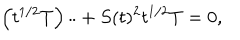
\left( t ^ { 1 / 2 } T \right) \ddot { } + S ( t ) ^ { 2 } t ^ { 1 / 2 } T = 0 ,